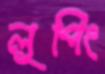
লুপিং